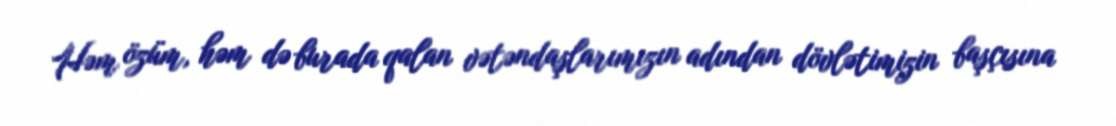
Həm özüm, həm də burada qalan vətəndaşlarımızın adından dövlətimizin başçısına